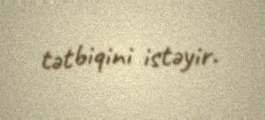
tətbiqini istəyir.